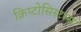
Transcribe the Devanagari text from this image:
क्रिप्टोसिस्टम्स